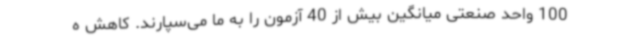
100 واحد صنعتی میانگین بیش از 40 آزمون را به ما می‌سپارند. کاهش ه